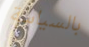
بالسياسة